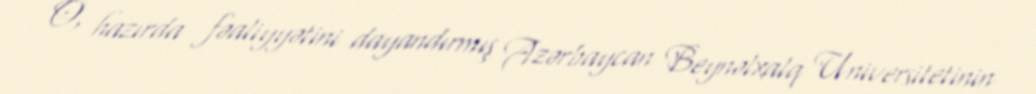
O, hazırda fəaliyyətini dayandırmış Azərbaycan Beynəlxalq Universitetinin